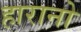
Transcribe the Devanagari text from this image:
हारानो